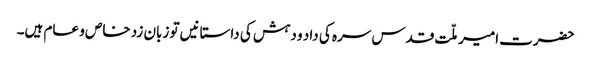
حضرت امیر ملّت قدس سرہ کی داد و دہش کی داستانیں تو زبان زد خاص و عام ہیں۔